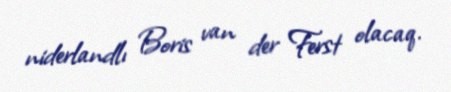
niderlandlı Boris van der Ferst olacaq.